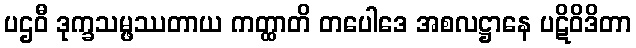
ပဌဝီ ဒုက္ခသမ္ဖဿတာယ ကတ္ထာတိ တပေါဒေ အစလဋ္ဌာနေ ပဋိဝိဒိတာ